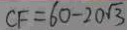
C F = 6 0 - 2 0 \sqrt { 3 }